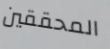
المحققين